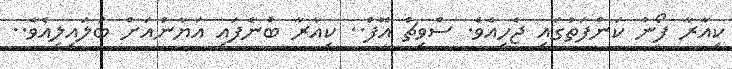
ކިއާރާ ފޯނު ކަންފަތުގައި ޖެހިއެވެ. ސްވިޗް އޮފް.. ކިއާރާ ބުނެފައި އަޔާންއަށް ބަލައިލިއެވެ..